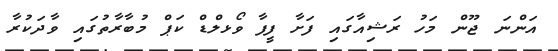
އަންނަ ޖޫން މަހު ރަޝިއާގައި ފަށާ ފީފާ ވޯޅލްޑް ކަޕް މުބާރާތުގައި ވާދަކުރާ